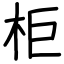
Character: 柜